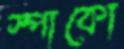
স্পাকো